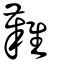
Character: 難